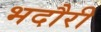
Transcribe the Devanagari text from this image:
भदौरी